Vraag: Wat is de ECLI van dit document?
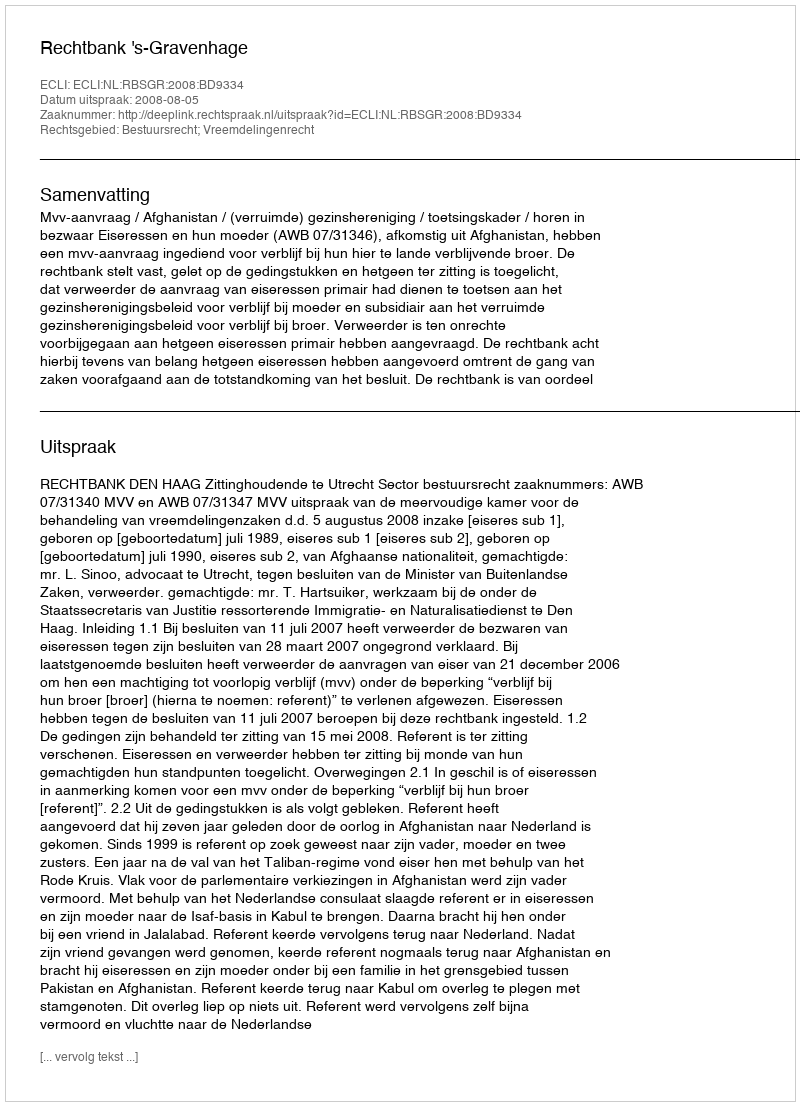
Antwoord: ECLI:NL:RBSGR:2008:BD9334